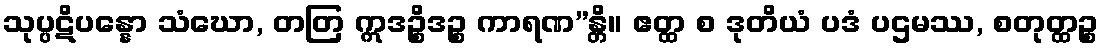
သုပ္ပဋိပန္နော သံဃော, တတြ ဣဒဉ္စိဒဉ္စ ကာရဏ”န္တိ။ ဧတ္ထ စ ဒုတိယံ ပဒံ ပဌမဿ, စတုတ္ထဉ္စ